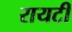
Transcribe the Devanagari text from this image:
रायटी